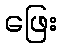
ဖြေး